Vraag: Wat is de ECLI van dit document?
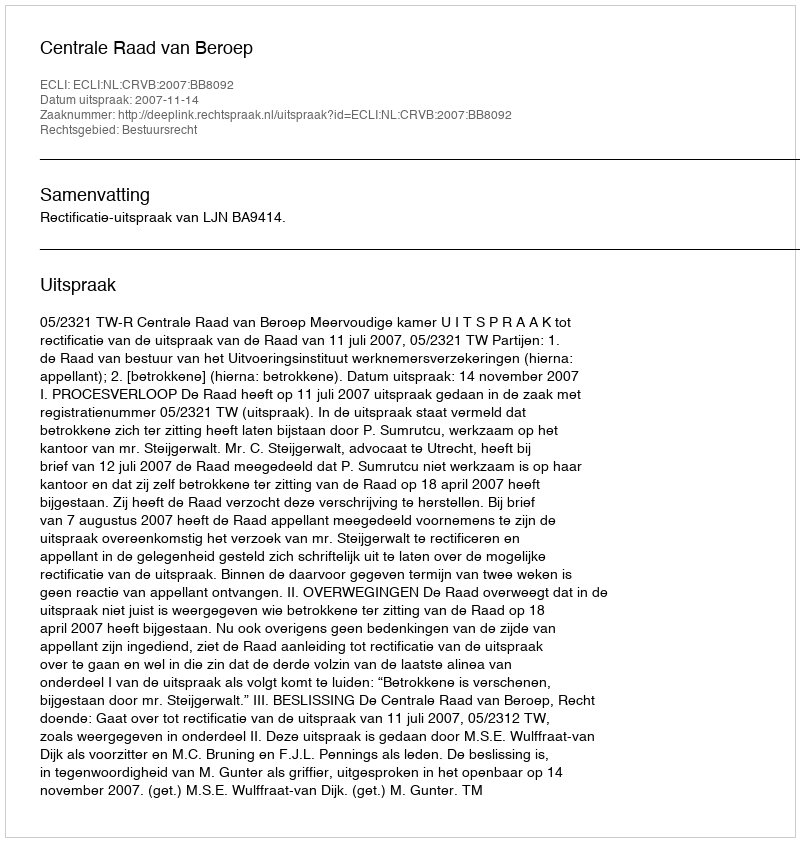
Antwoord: ECLI:NL:CRVB:2007:BB8092